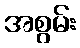
အစွမ်း